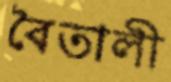
বৈতালী